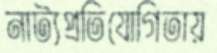
নাট্যপ্রতিযোগিতায়